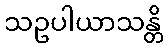
သဥပါယာသန္တိ